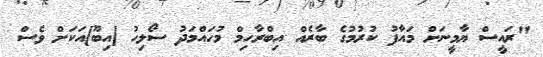
"ރައީސް ޔާމީނަށް މައާފު ކުރުމުގެ ބާރެއް އިބްރާހިމް މުހައްމަދު ސޯލިހު [އިބޫ]އަކަށް ވެސް